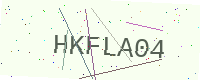
Text: HKFLA04